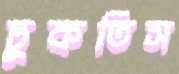
ঢুকতিস